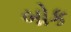
બોક